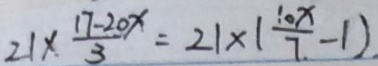
2 1 \times \frac { 1 7 - 2 0 x } { 3 } = 2 1 \times ( \frac { 1 0 x } { 7 } - 1 )